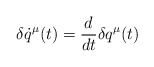
\begin{align*}\delta \dot{q}^\mu (t) = \frac{d}{dt} \delta q^\mu (t)\end{align*}